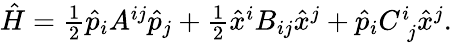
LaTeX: \begin{array}{r}{\hat{H}=\frac{1}{2}\hat{p}_{i}A^{ij}\hat{p}_{j}+\frac{1}{2}\hat{x}^{i}B_{ij}\hat{x}^{j}+\hat{p}_{i}C_{\; j}^{i}\hat{x}^{j}.}\end{array}